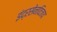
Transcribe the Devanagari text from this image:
इंद्रसेनविजय